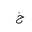
Letter: _kha